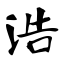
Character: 浩